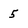
Character: 5